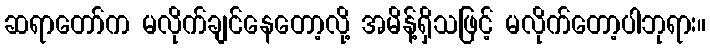
ဆရာတော်က မလိုက်ချင်နေတော့လို့ အမိန့်ရှိသဖြင့် မလိုက်တော့ပါဘုရား။